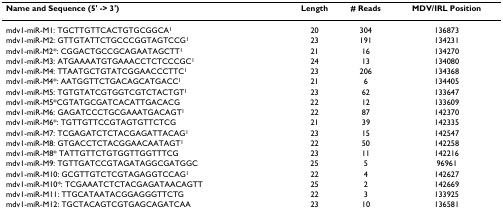
<table><thead><tr><td><b>Name and Sequence (5&#x27; -&gt; 3&#x27;)</b></td><td><b>Length</b></td><td><b># Reads</b></td><td><b>MDV/IRL Position</b></td></tr></thead><tbody><tr><td>mdv1-miR-M1: TGCTTGTTCACTGTGCGGCA<sup>1</sup></td><td>20</td><td>304</td><td>136873</td></tr><tr><td>mdv1-miR-M2: GTTGTATTCTGCCCGGTAGTCCG<sup>1</sup></td><td>23</td><td>191</td><td>134231</td></tr><tr><td>mdv1-miR-M2*: CGGACTGCCGCAGAATAGCTT<sup>1</sup></td><td>21</td><td>16</td><td>134270</td></tr><tr><td>mdv1-miR-M3: ATGAAAATGTGAAACCTCTCCCGC<sup>1</sup></td><td>24</td><td>13</td><td>134080</td></tr><tr><td>mdv1-miR-M4: TTAATGCTGTATCGGAACCCTTC<sup>1</sup></td><td>23</td><td>206</td><td>134368</td></tr><tr><td>mdv1-miR-M4*: AATGGTTCTGACAGCATGACC<sup>1</sup></td><td>21</td><td>6</td><td>134405</td></tr><tr><td>mdv1-miR-M5: TGTGTATCGTGGTCGTCTACTGT<sup>1</sup></td><td>23</td><td>62</td><td>133647</td></tr><tr><td>mdv1-miR-M5*CGTATGCGATCACATTGACACG</td><td>22</td><td>12</td><td>133609</td></tr><tr><td>mdv1-miR-M6: GAGATCCCTGCGAAATGACAGT<sup>1</sup></td><td>22</td><td>87</td><td>142370</td></tr><tr><td>mdv1-miR-M6*: TGTTGTTCCGTAGTGTTCTCG</td><td>21</td><td>39</td><td>142335</td></tr><tr><td>mdv1-miR-M7: TCGAGATCTCTACGAGATTACAG<sup>1</sup></td><td>23</td><td>15</td><td>142547</td></tr><tr><td>mdv1-miR-M8: GTGACCTCTACGGAACAATAGT<sup>1</sup></td><td>22</td><td>50</td><td>142258</td></tr><tr><td>mdv1-miR-M8* TATTGTTCTGTGGTTGGTTTCG</td><td>23</td><td>11</td><td>142216</td></tr><tr><td>mdv1-miR-M9: TGTTGATCCGTAGATAGGCGATGGC</td><td>25</td><td>5</td><td>96961</td></tr><tr><td>mdv1-miR-M10: GCGTTGTCTCGTAGAGGTCCAG<sup>1</sup></td><td>22</td><td>4</td><td>142627</td></tr><tr><td>mdv1-miR-M10*: TCGAAATCTCTACGAGATAACAGTT</td><td>25</td><td>2</td><td>142669</td></tr><tr><td>mdv1-miR-M11: TTGCATAATACGGAGGGTTCTG</td><td>22</td><td>3</td><td>133925</td></tr><tr><td>mdv1-miR-M12: TGCTACAGTCGTGAGCAGATCAA</td><td>23</td><td>10</td><td>136581</td></tr></tbody></table>